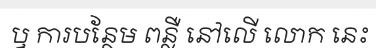
ឬ ការបន្ថែម ពន្លឺ នៅលើ លោក នេះ